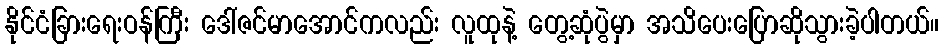
နိုင်ငံခြားရေးဝန်ကြီး ဒေါ်ဇင်မာအောင်ကလည်း လူထုနဲ့ တွေ့ဆုံပွဲမှာ အသိပေးပြောဆိုသွားခဲ့ပါတယ်။